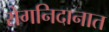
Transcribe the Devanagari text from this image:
रोगनिदानात